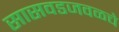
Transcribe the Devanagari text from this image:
सासवडजवळचे